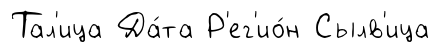
Тал'ица Да́та Р'ег'ио́н Сылв'ица